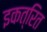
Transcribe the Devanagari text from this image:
इकत्रित